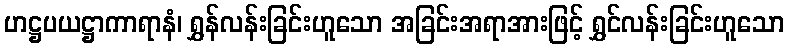
ဟဋ္ဌပယဋ္ဌာကာရာနံ၊ ရွှန်လန်းခြင်းဟူသော အခြင်းအရာအားဖြင့် ရွှင်လန်းခြင်းဟူသော